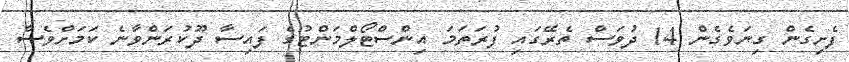
ފެށިގެން ގިނަވެގެން 14 ދުވަސް ތެރޭގައި ފުރަތަމަ އިންސްޓޯލްމަންޓުގެ ފައިސާ ދޫކުރަންވާނެ ކަމަށްވެސް